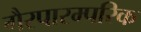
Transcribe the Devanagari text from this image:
गैरपारम्परिक